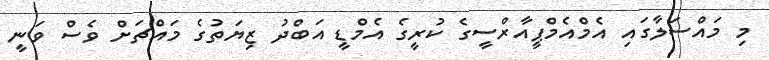
މި މައްސަލާގައި އެމްއެމްޕީއާރްސީގެ ކުރީގެ އެމްޑީ އަބްދު ޒިޔަތުގެ މައްޗަށް ވެސް ވަނީ